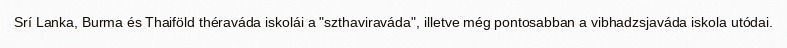
Srí Lanka, Burma és Thaiföld théraváda iskolái a "szthaviraváda", illetve még pontosabban a vibhadzsjaváda iskola utódai.